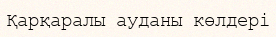
Қарқаралы ауданы көлдері